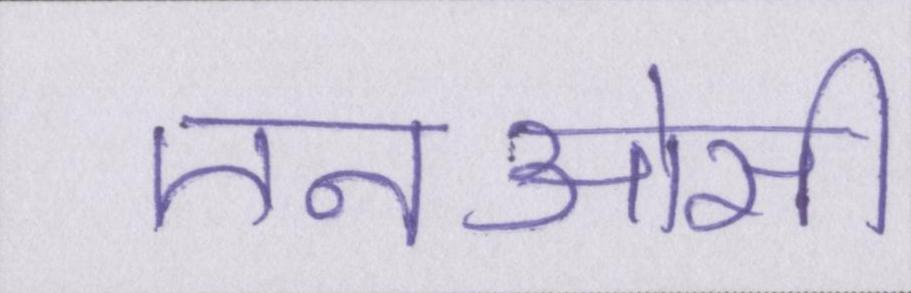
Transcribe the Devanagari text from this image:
एनओसी